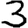
Digit: 3